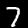
Label: 7